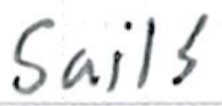
Text: sails
Cross-out: clean
Writing tool: ballpoint